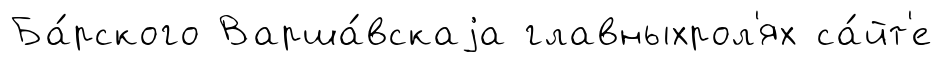
Ба́рского Варша́вскаjа главныхрол'ях са́йт'е